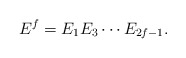
\begin{align*} E^f=E_1E_3\cdots E_{2f-1}.\end{align*}